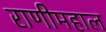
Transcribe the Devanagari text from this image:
राणीमहाल